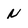
Character: n